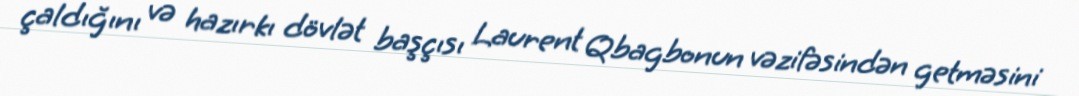
çaldığını və hazırkı dövlət başçısı Laurent Qbagbonun vəzifəsindən getməsini